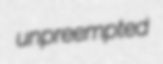
unpreempted